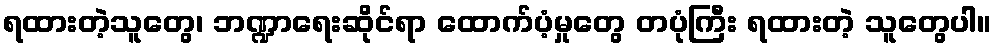
ရထားတဲ့သူတွေ၊ ဘဏ္ဍာရေးဆိုင်ရာ ထောက်ပံ့မှုတွေ တပုံကြီး ရထားတဲ့ သူတွေပါ။